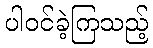
ပါဝင်ခဲ့ကြသည့်